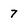
Character: 7